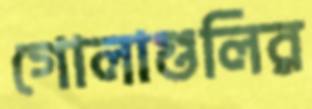
গোলাগুলির